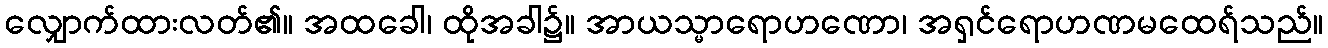
လျှောက်ထားလတ်၏။ အထခေါ၊ ထိုအခါ၌။ အာယသ္မာရောဟဏော၊ အရှင်ရောဟဏမထေရ်သည်။